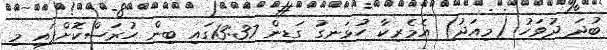
ބުދަ ދުވަހު (މިއަދު) އެމެރިކާ ހުޅަނގު ގަޑިން 13:37ގައި ބިން ހުރަސްކޮށްފައި މި